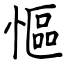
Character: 慪